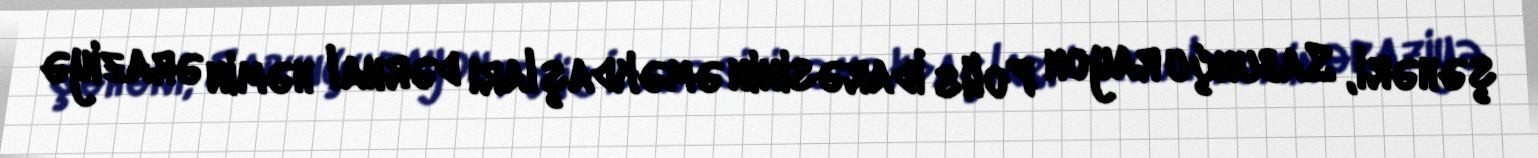
şəhəri, Sabunçu rayon Polis İdarəsinin əməkdaşları dərhal həmin əraziyə